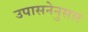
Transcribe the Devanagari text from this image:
उपासनेनुसार